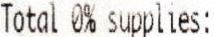
TOTAL 0% SUPPLIES: